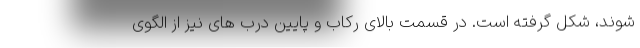
شوند، شکل گرفته است. در قسمت بالای رکاب و پایین درب های نیز از الگوی